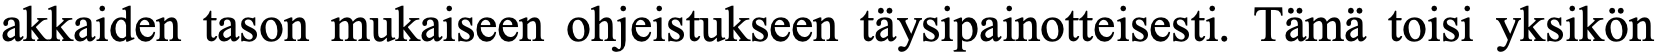
akkaiden tason mukaiseen ohjeistukseen täysipainotteisesti. Tämä toisi yksikön